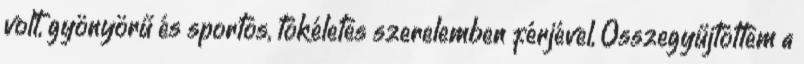
volt, gyönyörű és sportos, tökéletes szerelemben férjével, Összegyűjtöttem a